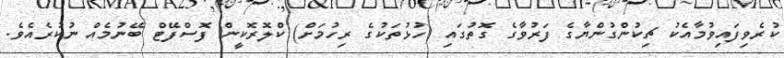
ކުރެވިފައިވުމާއެކު ޗިކުންގުންޔާގެ ފަރުވާގެ ގޮތުގައި (ހުޅުތަކުގެ ރިހުމަށް) ކްލޮރޮކީން ފޮސްފޭޓް ބޭނުމެއް ނުކުރެއެވެ.